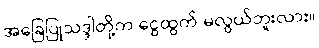
အခြေပြုသဒ္ဒါတို့က ငွေထွက် မလွယ်ဘူးလား။